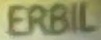
ERBIL